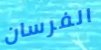
الفرسان